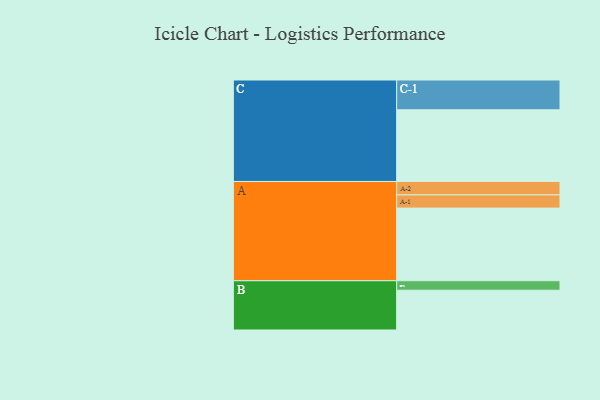
{"axis": {"x": "Segment", "y": "Value"}, "legend": ["", "A", "B", "C"], "data": [{"x": "A", "y": 590, "type": ""}, {"x": "B", "y": 323, "type": ""}, {"x": "C", "y": 582, "type": ""}, {"x": "A-1", "y": 107, "type": "A"}, {"x": "A-2", "y": 109, "type": "A"}, {"x": "B-1", "y": 77, "type": "B"}, {"x": "C-1", "y": 242, "type": "C"}]}